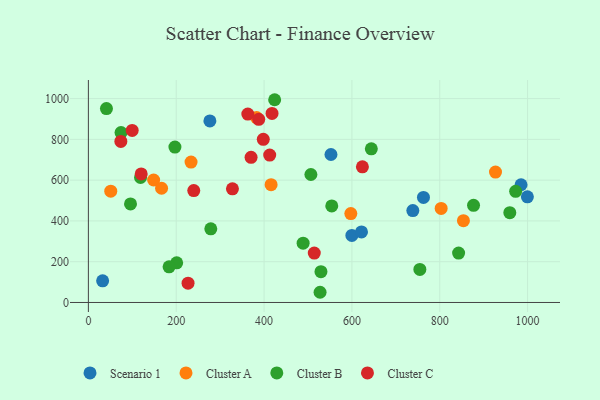
{"axis": {"x": "Experience", "y": "Rating"}, "legend": ["Cluster A", "Cluster B", "Cluster C", "Scenario 1"], "data": [{"x": "762.9", "y": 515.5, "type": "Scenario 1"}, {"x": "552.3", "y": 725.8, "type": "Scenario 1"}, {"x": "985.1", "y": 577.4, "type": "Scenario 1"}, {"x": "599.9", "y": 328.8, "type": "Scenario 1"}, {"x": "738.7", "y": 450.6, "type": "Scenario 1"}, {"x": "276.6", "y": 890.6, "type": "Scenario 1"}, {"x": "32.4", "y": 106.4, "type": "Scenario 1"}, {"x": "999.5", "y": 518.2, "type": "Scenario 1"}, {"x": "621.8", "y": 345.8, "type": "Scenario 1"}, {"x": "926.9", "y": 639.6, "type": "Cluster A"}, {"x": "148.5", "y": 600.8, "type": "Cluster A"}, {"x": "50.9", "y": 546.0, "type": "Cluster A"}, {"x": "853.9", "y": 401.0, "type": "Cluster A"}, {"x": "597.5", "y": 436.0, "type": "Cluster A"}, {"x": "166.6", "y": 560.3, "type": "Cluster A"}, {"x": "383.0", "y": 906.8, "type": "Cluster A"}, {"x": "803.2", "y": 461.2, "type": "Cluster A"}, {"x": "233.7", "y": 688.6, "type": "Cluster A"}, {"x": "416.0", "y": 578.0, "type": "Cluster A"}, {"x": "554.1", "y": 473.4, "type": "Cluster B"}, {"x": "506.6", "y": 627.6, "type": "Cluster B"}, {"x": "972.8", "y": 545.0, "type": "Cluster B"}, {"x": "74.3", "y": 833.2, "type": "Cluster B"}, {"x": "959.5", "y": 440.3, "type": "Cluster B"}, {"x": "201.0", "y": 194.5, "type": "Cluster B"}, {"x": "527.5", "y": 50.0, "type": "Cluster B"}, {"x": "529.5", "y": 151.1, "type": "Cluster B"}, {"x": "95.9", "y": 483.5, "type": "Cluster B"}, {"x": "278.7", "y": 361.1, "type": "Cluster B"}, {"x": "197.0", "y": 762.0, "type": "Cluster B"}, {"x": "41.1", "y": 950.9, "type": "Cluster B"}, {"x": "876.9", "y": 476.7, "type": "Cluster B"}, {"x": "754.7", "y": 161.9, "type": "Cluster B"}, {"x": "183.7", "y": 175.0, "type": "Cluster B"}, {"x": "118.7", "y": 613.1, "type": "Cluster B"}, {"x": "488.9", "y": 290.9, "type": "Cluster B"}, {"x": "424.1", "y": 994.5, "type": "Cluster B"}, {"x": "842.9", "y": 242.1, "type": "Cluster B"}, {"x": "644.2", "y": 753.5, "type": "Cluster B"}, {"x": "418.1", "y": 927.5, "type": "Cluster C"}, {"x": "412.8", "y": 723.1, "type": "Cluster C"}, {"x": "226.9", "y": 94.5, "type": "Cluster C"}, {"x": "99.7", "y": 843.7, "type": "Cluster C"}, {"x": "120.2", "y": 630.6, "type": "Cluster C"}, {"x": "514.3", "y": 242.4, "type": "Cluster C"}, {"x": "623.9", "y": 665.5, "type": "Cluster C"}, {"x": "398.2", "y": 800.4, "type": "Cluster C"}, {"x": "328.0", "y": 557.2, "type": "Cluster C"}, {"x": "370.4", "y": 711.9, "type": "Cluster C"}, {"x": "73.9", "y": 790.1, "type": "Cluster C"}, {"x": "387.8", "y": 898.2, "type": "Cluster C"}, {"x": "239.9", "y": 548.9, "type": "Cluster C"}, {"x": "363.0", "y": 924.0, "type": "Cluster C"}]}